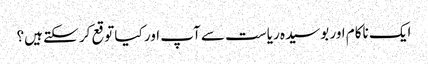
ایک ناکام اور بوسیدہ ریاست سے آپ اور کیا توقع کر سکتے ہیں؟